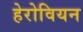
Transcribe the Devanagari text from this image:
हेरोवियन